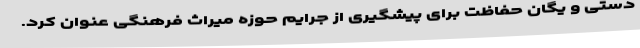
دستی و یگان حفاظت برای پیشگیری از جرایم حوزه میراث فرهنگی عنوان کرد.